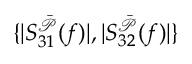
\{ | S _ { 3 1 } ^ { \bar { \mathcal { P } } } ( f ) | , | S _ { 3 2 } ^ { \bar { \mathcal { P } } } ( f ) | \}